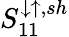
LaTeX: S_{11}^{\downarrow\uparrow,sh}